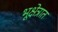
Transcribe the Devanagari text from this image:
भूक्षेत्रात